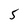
Character: 5